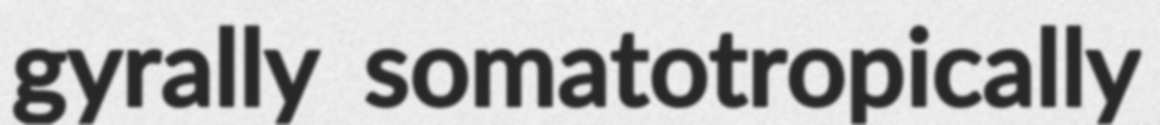
gyrally somatotropically